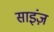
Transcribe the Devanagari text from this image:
साइंज़